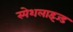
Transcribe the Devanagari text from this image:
स्पेशलाइज्ड